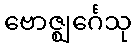
ဗောဇ္ဈင်္ဂေသု